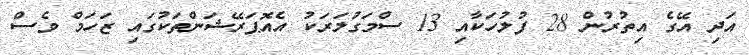
އަދި އޭގެ އިތުރުން 28 ފުލުހަކާއި 13 ސްމަގުލަރަކު އެއޮޕަރޭޝަންތަކުގައި ޒަހަމް ވެސް